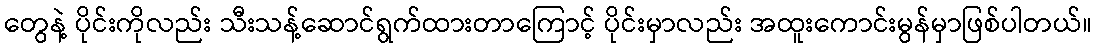
တွေနဲ့ ပိုင်းကိုလည်း သီးသန့်ဆောင်ရွက်ထားတာကြောင့် ပိုင်းမှာလည်း အထူးကောင်းမွန်မှာဖြစ်ပါတယ်။